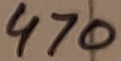
Text: 470